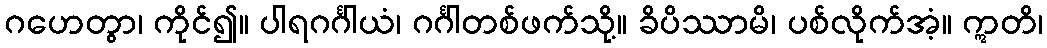
ဂဟေတွာ၊ ကိုင်၍။ ပါရဂင်္ဂါယံ၊ ဂင်္ဂါတစ်ဖက်သို့။ ခိပိဿာမိ၊ ပစ်လိုက်အံ့။ ဣတိ၊